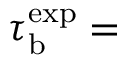
\tau _ { \mathrm { b } } ^ { \mathrm { e x p } } =